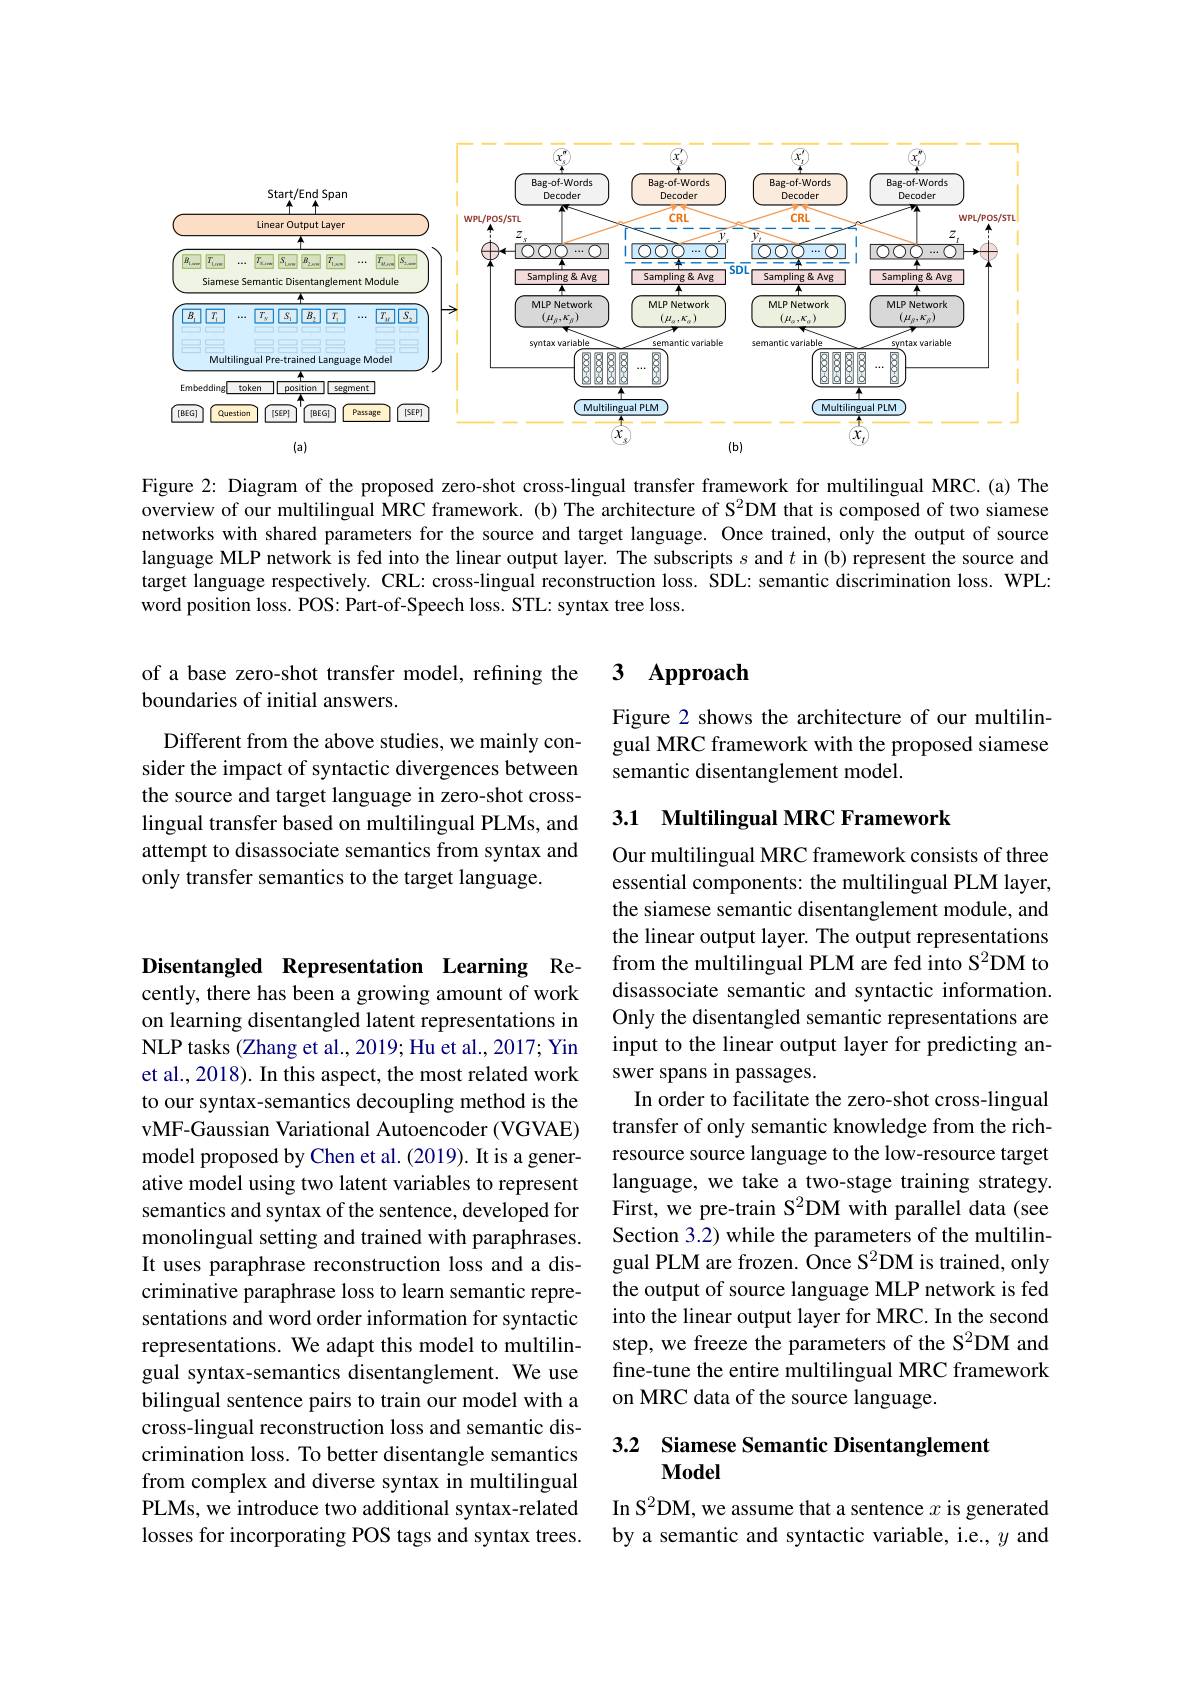
<FigureHere>

Figure 2: Diagram of the proposed zero-shot cross-lingual transfer framework for multilingual MRC.(a) The overview of our multilingual MRC framework. (b) The architecture of S$^2$DM that is composed of two siamese networks with shared parameters for the source and target language. Once trained, only the output of source language MLP network is fed into the linear output layer. The subscripts $s$ and $t$ in (b) represent the source and target language respectively. CRL: cross-lingual reconstruction loss. SDL: semantic discrimination loss. WPL: word position loss. POS: Part-of-Speech loss. STL: syntax tree loss.

3 Approach

of a base zero-shot transfer model, refining the
boundaries of initial answers.

Figure 2 shows the architecture of our multilingual MRC framework with the proposed siamese semantic disentanglement model.

Different from the above studies, we mainly consider the impact of syntactic divergences between the source and target language in zero-shot crosslingual transfer based on multilingual PLMs, and attempt to disassociate semantics from syntax and only transfer semantics to the target language.

## 3.1 Multilingual MRC Framework

Our multilingual MRC framework consists of three essential components: the multilingual PLM layer, the siamese semantic disentanglement module, and the linear output layer. The output representations from the multilingual PLM are fed into S$^{2}$DM to disassociate semantic and syntactic information. Only the disentangled semantic representations are input to the linear output layer for predicting answer spans in passages.
In order to facilitate the zero-shot cross-lingual transfer of only semantic knowledge from the richresource source language to the low-resource target language, we take a two-stage training strategy. First, we pre-train S$^2$DM with parallel data(see Section 3.2) while the parameters of the multilingual PLM are frozen. Once S$^{2}$DM is trained, only the output of source language MLP network is fed into the linear output layer for MRC. In the second step, we freeze the parameters of the S2DM and fine-tune the entire multilingual MRC framework on MRC data of the source language.

Disentangled Representation Learning Recently, there has been a growing amount of work on learning disentangled latent representations in NLP tasks (Zhang et al., 2019; Hu et al., 2017; Yin et al., 2018). In this aspect, the most related work to our syntax-semantics decoupling method is the vMF-Gaussian Variational Autoencoder (VGVAE) model proposed by Chen et al. (2019). It is a generative model using two latent variables to represent semantics and syntax of the sentence, developed for monolingual setting and trained with paraphrases. It uses paraphrase reconstruction loss and a discriminative paraphrase loss to learn semantic representations and word order information for syntactic representations. We adapt this model to multilingual syntax-semantics disentanglement. We use bilingual sentence pairs to train our model with a cross-lingual reconstruction loss and semantic discrimination loss. To better disentangle semantics from complex and diverse syntax in multilingual PLMs, we introduce two additional syntax-related losses for incorporating POS tags and syntax trees.

## 3.2 Siamese Semantic Disentanglement Model

In S$^2$DM, we assume that a sentence $x$ is generated by a semantic and syntactic variable, i.e., $y$ and